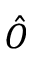
\hat { O }